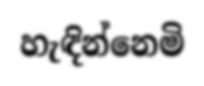
හැඳින්නෙමි